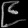
Digit: ၉